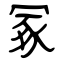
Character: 冢